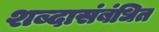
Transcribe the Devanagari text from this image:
शब्दासंबंधित